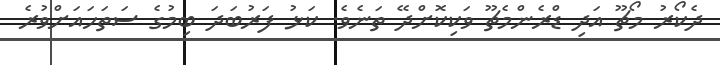
ދެކޯރު މޯޗޫ އަދި ޑްރެންމެޗޫ ވަކިކޮށްދޭ ތަނެވެ. ކަޅު ފަރުބަދަ ބިމުގެ ސަތަހައަށްވުރެ